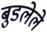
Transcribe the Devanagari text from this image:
बुडलेले